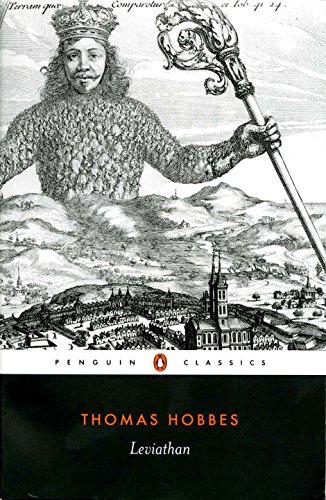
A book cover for Leviathan (Penguin Classics); Thomas Hobbes; Politics & Social Sciences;